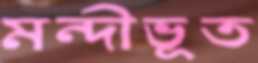
মন্দীভূত